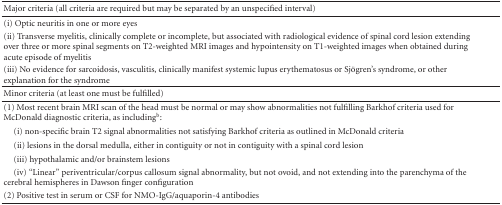
| Major criteria (all criteria are required but may be separated by an unspecified interval) |  |
 | --- | --- |
 | (i) Optic neuritis in one or more eyes |  |
 | (ii) Transverse myelitis, clinically complete or incomplete, but associated with radiological evidence of spinal cord lesion extending over three or more spinal segments on T2-weighted MRI images and hypointensity on T1-weighted images when obtained during acute episode of myelitis |  |
 | (iii) No evidence for sarcoidosis, vasculitis, clinically manifest systemic lupus erythematosus or Sjögren's syndrome, or other explanation for the syndrome |  |
 | Minor criteria (at least one must be fulfilled) |  |
 | (1) Most recent brain MRI scan of the head must be normal or may show abnormalities not fulfilling Barkhof criteria used for McDonald diagnostic criteria, includingb. |  |
 | (i) non-specific brain T2 signal abnormalities not satisfying Barkhof criteria as outlined in McDonald criteria |  |
 | (ii) lesions in the dorsal medulla, either in contiguity or not in contiguity with a spinal cord lesion |  |
 | (iii) hypothalamic and/or brainstem lesions |  |
 | (iv) “Linear” periventricular/corpus callosum signal abnormality, but not ovoid, and not extending into the parenchyma of the cerebral hemispheres in Dawson finger configuration |  |
 | (2) Positive test in serum or CSF for NMO-IgG/aquaporin-4 antibodies |  |